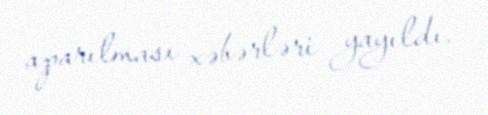
aparılması xəbərləri yayıldı.